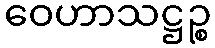
ဝေဟာသဋ္ဌဉ္စ